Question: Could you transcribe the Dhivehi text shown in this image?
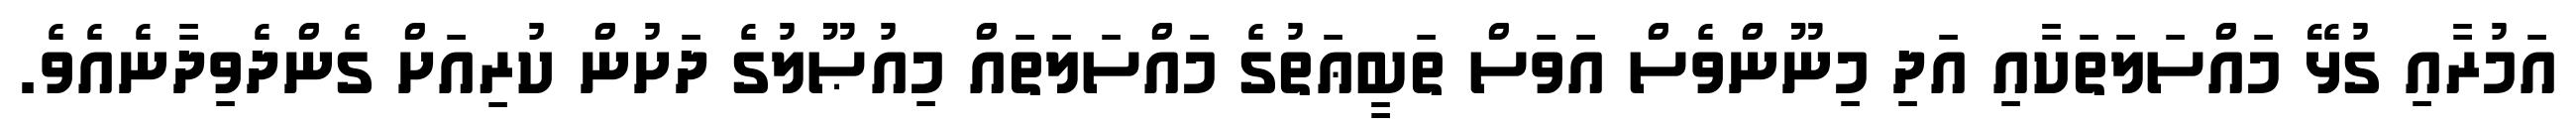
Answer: އަމުރާއި ގުޅޭ މައްސަލަތަކާއި އަދި މިނޫންވެސް އަވަސް ތަބީޢަތުގެ މައްސަލަތައް މިއުޞޫލުގެ ދަށުން ކުރިއަށް ގެންދެވިދާނެއެވެ.